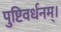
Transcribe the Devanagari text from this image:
पुष्टिवर्धनम्।